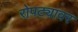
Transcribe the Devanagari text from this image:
रोपट्यावर